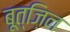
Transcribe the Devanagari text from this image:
बूत्ज़िन